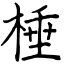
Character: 棰